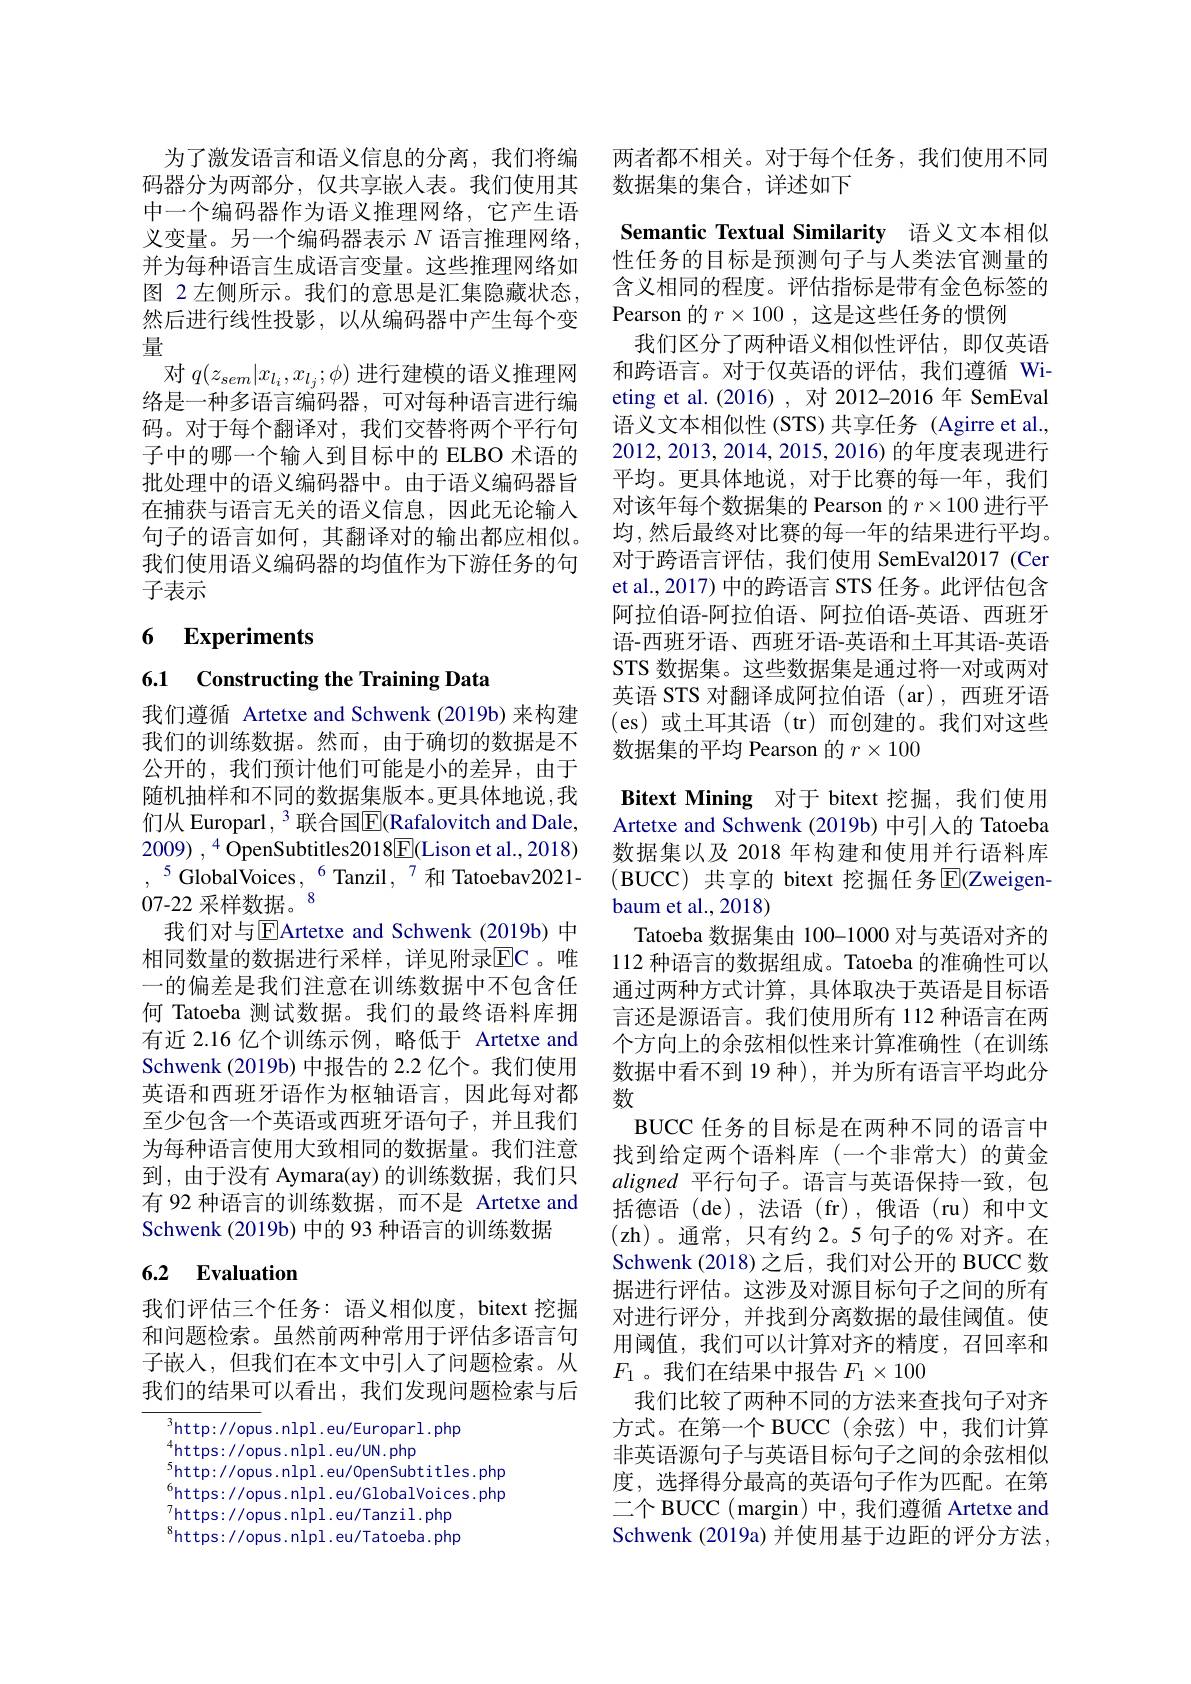
为了激发语言和语义信息的分离，我们将编码器分为两部分，仅共享嵌入表。我们使用其中一个编码器作为语义推理网络，它产生语义变量。另一个编码器表示$N$语言推理网络， 并为每种语言生成语言变量。这些推理网络如图 2左侧所示。我们的意思是汇集隐藏状态， 然后进行线性投影，以从编码器中产生每个变量
对$q(z_{sem}|x_{l_i},x_{l_j};\phi)$进行建模的语义推理网络是一种多语言编码器，可对每种语言进行编码。对于每个翻译对，我们交替将两个平行句子中的哪一个输入到目标中的 ELBO 术语的批处理中的语义编码器中。由于语义编码器旨在捕获与语言无关的语义信息，因此无论输入句子的语言如何，其翻译对的输出都应相似。我们使用语义编码器的均值作为下游任务的句子表示

## 6 Experiments

6.1 Constructing the Training Data

我们遵循 Artetxe and Schwenk (2019b)来构建我们的训练数据。然而，由于确切的数据是不公开的，我们预计他们可能是小的差异，由于随机抽样和不同的数据集版本。更具体地说，我们从 Europarl, $^{3}$ 联合国$\overline{\mathbb{E}}$(Rafalovitch and Dale, 2009) $, ^4$ OpenSubtitles2018E(Lison et al., 2018) $,^{5}$GlobalVoices$,^6$Tanzil$,^7$和 Tatoebav2021- 07-22 采样数据。
我们对与EArtetxe and Schwenk(2019b) 中相同数量的数据进行采样，详见附录$\overline{\mathrm{EC}}$。唯一的偏差是我们注意在训练数据中不包含任何 Tatoeba 测试数据。我们的最终语料库拥有近 2.16 亿个训练示例，略低于 Artetxe and Schwenk (2019b) 中报告的 2.2 亿个。我们使用英语和西班牙语作为枢轴语言，因此每对都至少包含一个英语或西班牙语句子，并且我们为每种语言使用大致相同的数据量。我们注意到，由于没有 Aymara(ay) 的训练数据，我们只有 92 种语言的训练数据，而不是 Artetxe and Schwenk (2019b) 中的 93 种语言的训练数据

## 6.2 Evaluation

我们评估三个任务：语义相似度，bitext 挖掘和问题检索。虽然前两种常用于评估多语言句子嵌人，但我们在本文中引入了问题检索。从我们的结果可以看出，我们发现问题检索与后

$^{3}$http: //opus. n lpl. eu/Europarl. php
$^{4}$https://opus.nlpl.eu/UN.php
$^{5}$http://opus.nlpl.eu/0penSubtitles.php $^{6}$https://opus.nlpl.eu/GlobalVoices.php $_{\mathrm{o}}^{7}$https://opus.nlpl.eu/Tanzil.php $^{8}$https://opus.nlpl.eu/Tatoeba.php

两者都不相关。对于每个任务，我们使用不同
数据集的集合，详述如下

Semantic Textual Similarity 语义文本相似

性任务的目标是预测句子与人类法官测量的含义相同的程度。评估指标是带有金色标签的Pearson 的$r\times100$,这是这些任务的惯例
我们区分了两种语义相似性评估，即仅英语和跨语言。对于仅英语的评估，我们遵循 Wieting et al.(2016),对 2012-2016 年 SemEval 语义文本相似性(STS)共享任务(Agirre et al., 2012,2013,2014,2015,2016)的年度表现进行平均。更具体地说，对于比赛的每一年，我们对该年每个数据集的 Pearson 的$r\times100$进行平均，然后最终对比赛的每一年的结果进行平均。对于跨语言评估，我们使用 SemEval2017(Cer et al.,2017) 中的跨语言 STS 任务。此评估包含阿拉伯语-阿拉伯语、阿拉伯语-英语、西班牙语-西班牙语、西班牙语-英语和土耳其语-英语STS 数据集。这些数据集是通过将一对或两对英语 STS 对翻译成阿拉伯语 (ar),西班牙语(es)或土耳其语(tr)而创建的。我们对这些数据集的平均 Pearson 的$r\times100$

Bitext Mining 对于 bitext 挖掘，我们使用Artetxe and Schwenk (2019b) 中引入的 Tatoeba 数据集以及 2018 年构建和使用并行语料库(BUCC) 共享的 bitext 挖掘任务$\operatorname{E}($Zweigenbaum et al., 2018)
Tatoeba 数据集由 100-1000 对与英语对齐的112 种语言的数据组成。Tatoeba 的准确性可以通过两种方式计算，具体取决于英语是目标语言还是源语言。我们使用所有 112 种语言在两个方向上的余弦相似性来计算准确性 (在训练数据中看不到 19 种), 并为所有语言平均此分数
BUCC 任务的目标是在两种不同的语言中找到给定两个语料库(一个非常大)的黄金aligned平行句子。语言与英语保持一致，包括德语(de),法语(fr),俄语(ru)和中文(zh)。通常，只有约2。5 句子的% 对齐。在Schwenk (2018)之后，我们对公开的 BUCC 数据进行评估。这涉及对源目标句子之间的所有对进行评分，并找到分离数据的最佳阈值。使用阈值，我们可以计算对齐的精度，召回率和$F_1$。我们在结果中报告$F_1\times100$
我们比较了两种不同的方法来查找句子对齐方式。在第一个 BUCC(余弦)中，我们计算非英语源句子与英语目标句子之间的余弦相似度，选择得分最高的英语句子作为匹配。在第二个 BUCC ( margin) 中，我们遵循 Artetxe and Schwenk (2019a) 并使用基于边距的评分方法